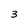
Character: 3